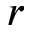
r